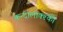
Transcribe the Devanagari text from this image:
कन्दालाक्श्की